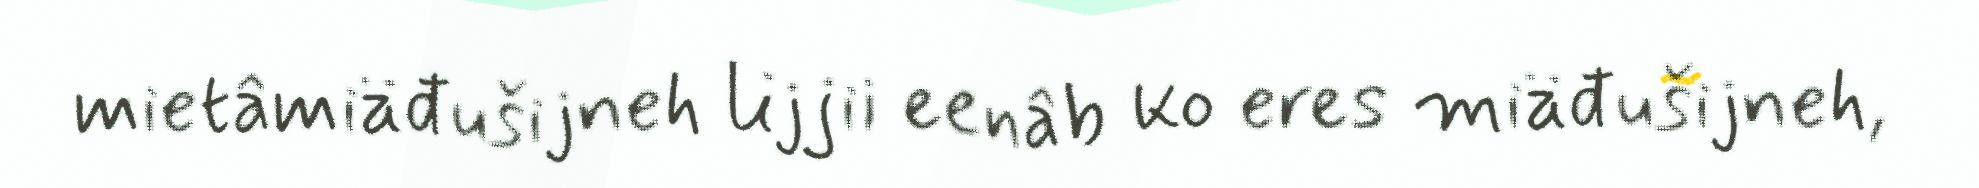
mietâmiäđušijneh lijjii eenâb ko eres miäđušijneh,